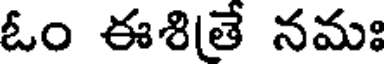
ఓం ఈశితే నమః